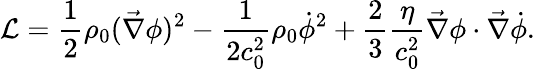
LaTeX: \mathcal{L}=\frac 12\rho_{0}(\vec{\nabla}\phi)^{2}-\frac{1}{2c_{0}^{2}}\rho_{0}\dot{\phi}^{2}+\frac 23\frac{\eta}{c_{0}^{2}}\vec{\nabla}\phi\cdot\vec{\nabla}\dot{\phi}.